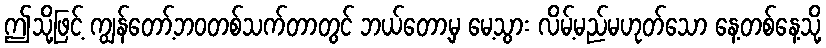
ဤသို့ဖြင့် ကျွန်တော့်ဘဝတစ်သက်တာတွင် ဘယ်တော့မှ မေ့သွား လိမ့်မည်မဟုတ်သော နေ့တစ်နေ့သို့